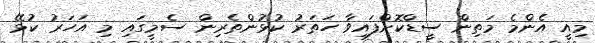
މިއީ އެންމެ މަތިން ސީޑްކޮށްފައިވާ ހަތަރު ކުޅުންތެރިން ސެމީގައި މި އަހަރު ކުޅޭ